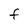
Character: F